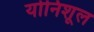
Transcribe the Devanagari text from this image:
योनिशूल